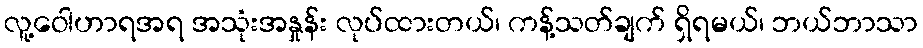
လူ့ဝေါဟာရအရ အသုံးအနှုန်း လုပ်ထားတယ်၊ ကန့်သတ်ချက် ရှိရမယ်၊ ဘယ်ဘာသာ